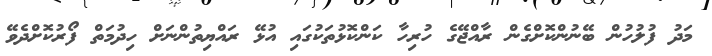
މަދު ފުލުހުން ބޭނުންކޮށްގެން ރާއްޖޭގެ ހުރިހާ ކަންކޮޅުތަކުގައި އުޅޭ ރައްޔިތުންނަށް ހިދުމަތް ފޯރުކޮށްދެވޭ